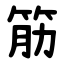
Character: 筋